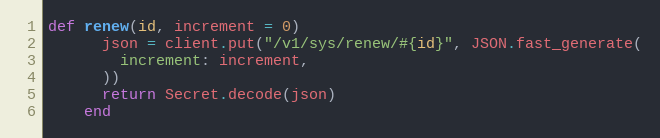
Language: Ruby
def renew(id, increment = 0)
      json = client.put("/v1/sys/renew/#{id}", JSON.fast_generate(
        increment: increment,
      ))
      return Secret.decode(json)
    end